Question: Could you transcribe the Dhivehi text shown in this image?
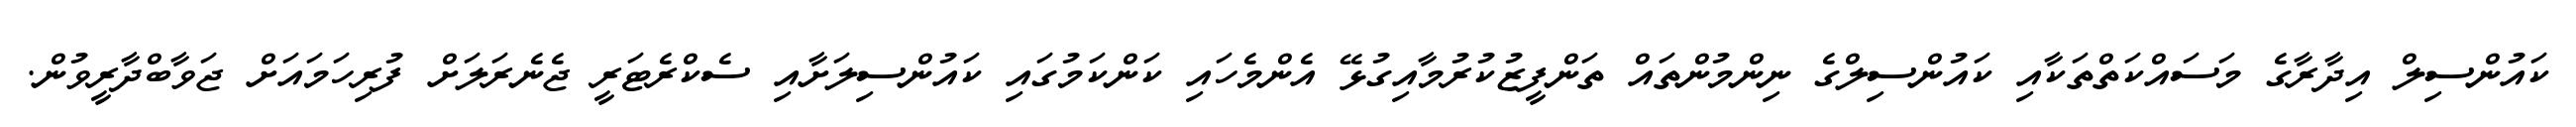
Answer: ކައުންސިލް އިދާރާގެ މަސައްކަތްތަކާއި ކައުންސިލްގެ ނިންމުންތައް ތަންފީޒުކުރުމާއިގުޅޭ އެންމެހައި ކަންކަމުގައި ކައުންސިލަށާއި ސެކްރެޓަރީ ޖެނެރަލަށް ފުރިހަމައަށް ޖަވާބްދާރީވުން.